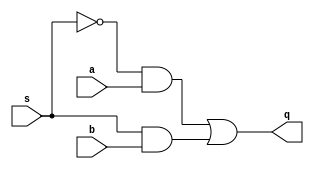
module mux(
    input s, a, b,
    output q
);

  not i0 (ns, s);
  and i1 (ta, ns, a);
  and i2 (tb, s, b);
  or i3(q, ta, tb);  
    
endmodule